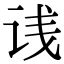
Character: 𬣡